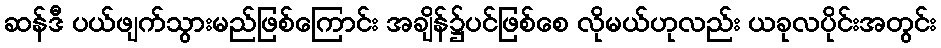
ဆန်ဒီ ပယ်ဖျက်သွားမည်ဖြစ်ကြောင်း အချိန်၌ပင်ဖြစ်စေ လိုမယ်ဟုလည်း ယခုလပိုင်းအတွင်း